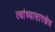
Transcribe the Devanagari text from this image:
त्यांच्यासारखेच